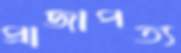
প্রাজাপত্য